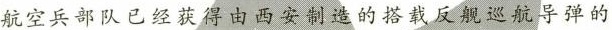
航空兵部队已经获得由西安制造的搭载反舰巡航导弹的